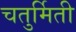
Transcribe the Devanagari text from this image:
चतुर्मिती